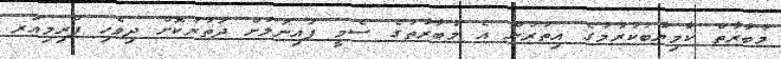
މުބާރާތް ކާމިޔާބުކުރުމުގެ އިތުރުން އެ މުބާރާތުގެ ސެމީ ފައިނަލަށް ދަތުރުކޮށް ދިވެހި ޕްރިމިއަރ